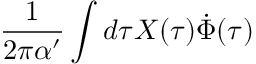
\frac { 1 } { 2 \pi \alpha ^ { \prime } } \int d \tau X ( \tau ) \dot { \Phi } ( \tau )